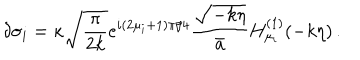
\delta \sigma _ { i } = \kappa \sqrt { { \frac { \pi } { 2 k } } } e ^ { i ( 2 \mu _ { i } + 1 ) \pi / 4 } { \frac { \sqrt { - k \eta } } { \bar { a } } } H _ { \mu _ { i } } ^ { ( 1 ) } ( - k \eta ) \, .